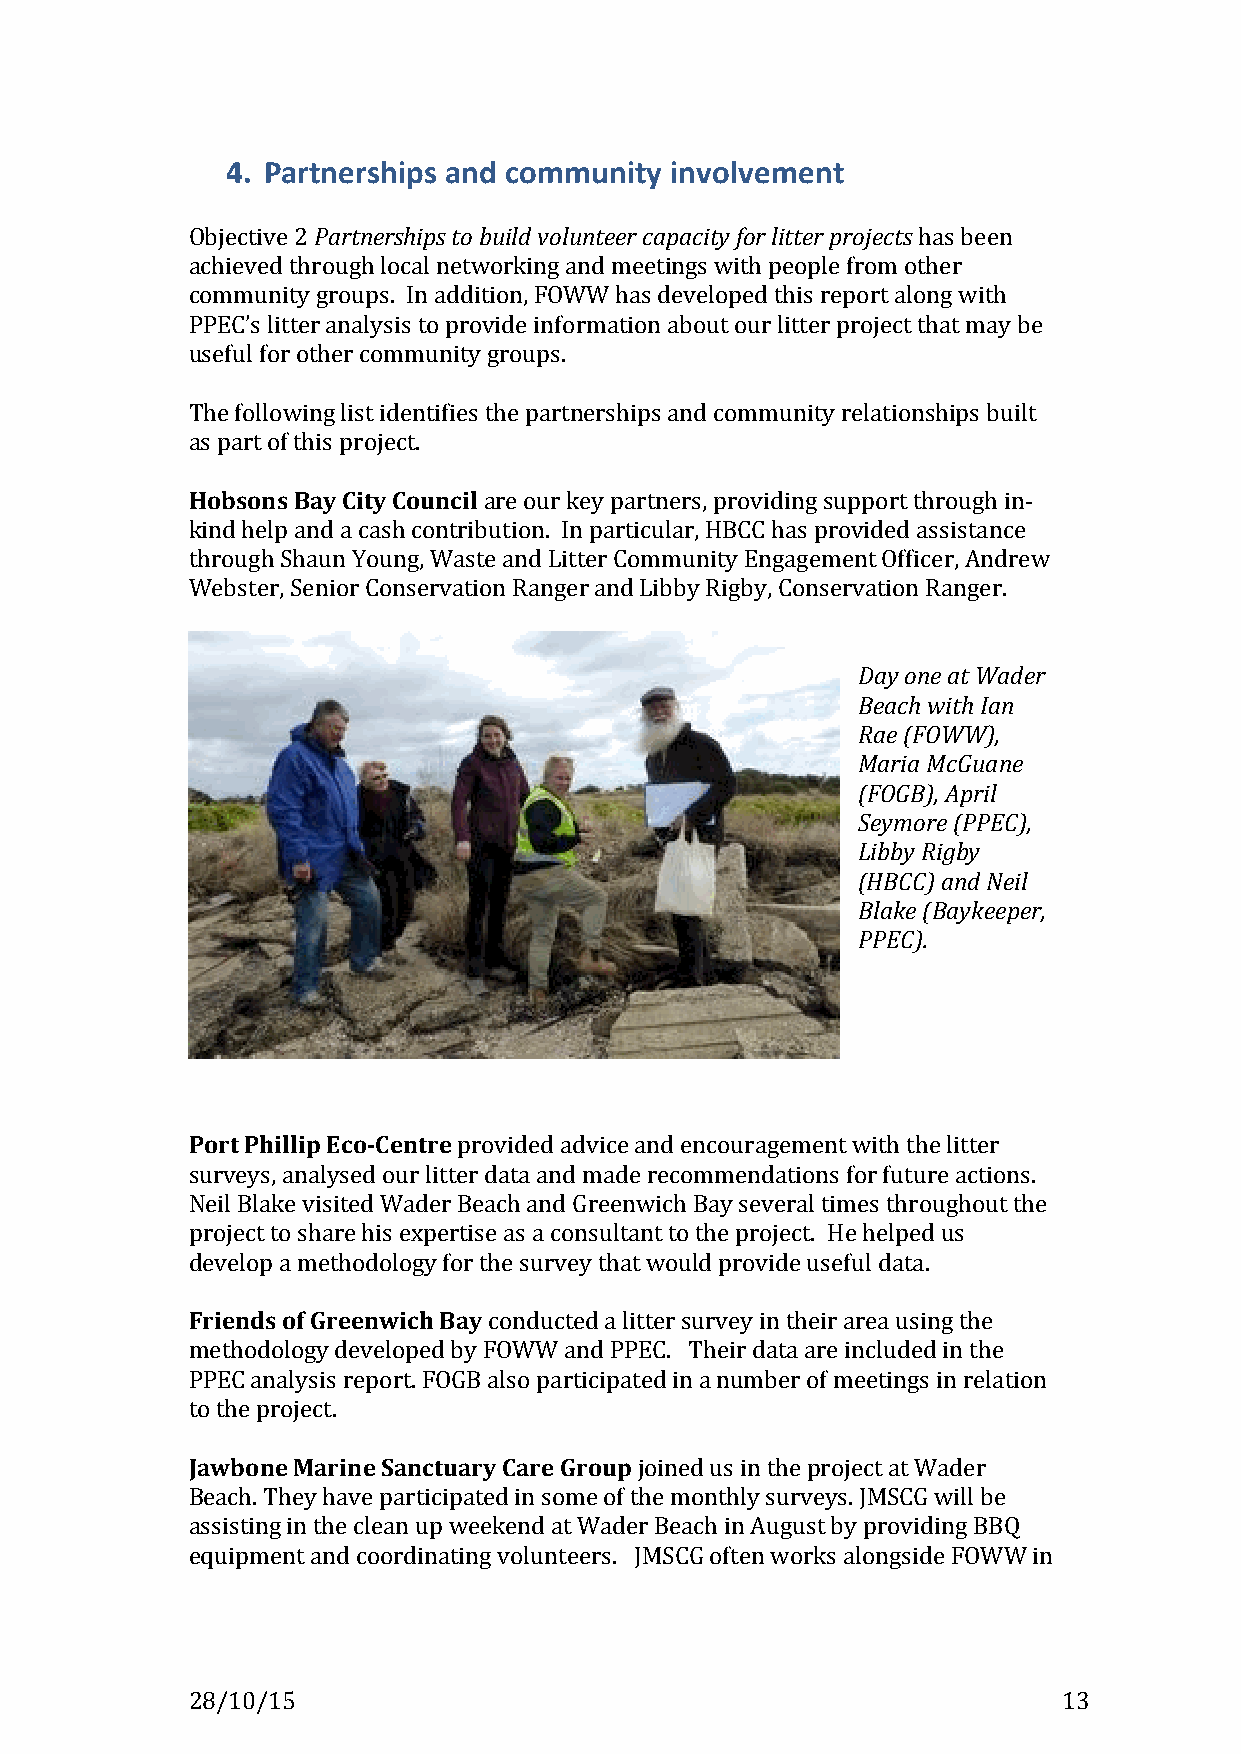
!
 4. Partnerships,and,community,involvement,
 !
 Objective!2(Partnerships(to(build(volunteer(capacity(for(litter(projects(has!been!
 achieved!through!local!networking!and!meetings!with!people!from!other!
 community!groups.!!In!addition,!FOWW!has!developed!this!report!along!with!
 PPEC’s!litter!analysis!to!provide!information!about!our!litter!project!that!may!be!
 useful!for!other!community!groups.!(
 !
 The!following!list!identifies!the!partnerships!and!community!relationships!built!
 as!part!of!this!project.!
 !
 Hobsons&Bay&City&Council!are!our!key!partners,!providing!support!through!inK
 kind!help!and!a!cash!contribution.!!In!particular,!HBCC!has!provided!assistance!
 through!Shaun!Young,!Waste!and!Litter!Community!Engagement!Officer,!Andrew!
 Webster,!Senior!Conservation!Ranger!and!Libby!Rigby,!Conservation!Ranger.!!
 !
 !
 Day(one(at(Wader(
 Beach(with(Ian(
 Rae((FOWW),(
 Maria(McGuane(
 (FOGB),(April(
 Seymore((PPEC),(
 Libby(Rigby(
 (HBCC)(and(Neil(
 Blake((Baykeeper,(
 PPEC).(
 !
 !
 !
 !
 !
 !
 Port&Phillip&Eco5Centre!provided!advice!and!encouragement!with!the!litter!
 surveys,!analysed!our!litter!data!and!made!recommendations!for!future!actions.!!
 Neil!Blake!visited!Wader!Beach!and!Greenwich!Bay!several!times!throughout!the!
 project!to!share!his!expertise!as!a!consultant!to!the!project.!!He!helped!us!
 develop!a!methodology!for!the!survey!that!would!provide!useful!data.!
 !
 Friends&of&Greenwich&Bay!conducted!a!litter!survey!in!their!area!using!the!
 methodology!developed!by!FOWW!and!PPEC.!!!Their!data!are!included!in!the!
 PPEC!analysis!report.!FOGB!also!participated!in!a!number!of!meetings!in!relation!
 to!the!project.!!
 !
 Jawbone&Marine&Sanctuary&Care&Group!joined!us!in!the!project!at!Wader!
 Beach.!They!have!participated!in!some!of!the!monthly!surveys.!JMSCG!will!be!
 assisting!in!the!clean!up!weekend!at!Wader!Beach!in!August!by!providing!BBQ!
 equipment!and!coordinating!volunteers.!!!JMSCG!often!works!alongside!FOWW!in!
 28/10/15!                     !                           13!